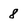
Character: 8